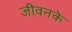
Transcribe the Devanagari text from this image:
जीवनके